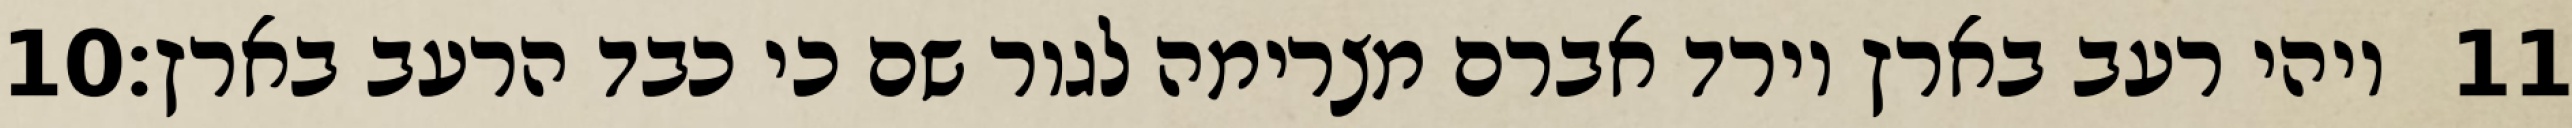
‎10‏ ויהי רעב בארץ וירד אברם מצרימה לגור שם כי כבד הרעב בארץ׃ ‎11‏